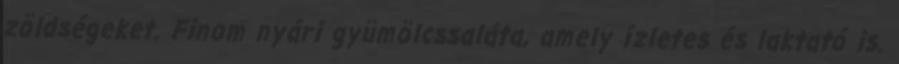
zöldségeket. Finom nyári gyümölcssaláta, amely ízletes és laktató is.